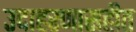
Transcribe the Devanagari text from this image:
उदाहरणासहीत